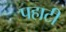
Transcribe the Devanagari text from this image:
पहाटी